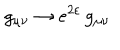
LaTeX: g _ { \mu \nu } \to e ^ { 2 \varepsilon } \, g _ { \mu \nu }